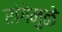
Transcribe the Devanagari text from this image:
रांगेमुळे